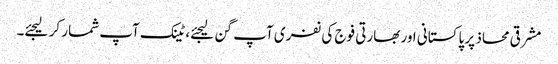
مشرقی محاذ پر پاکستانی اور بھارتی فوج کی نفری آپ گن لیجئے، ٹینک آپ شمار کر لیجئے۔